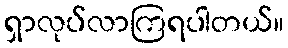
ရှာလုပ်လာကြရပါတယ်။